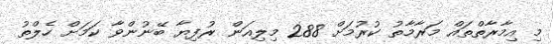
މި އިމާރާތްތައް މަރާމާތު ކުރުމަށް 288 މިލިއަން ރުފިޔާ ބޭނުންވާ ކަމަށް ހެލްތު